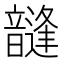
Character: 韼